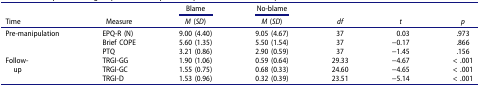
<table><thead><tr><td><b> </b></td><td><b> </b></td><td><b>Blame</b></td><td><b>No-blame</b></td><td colspan="2"><b> </b></td><td><b> </b></td></tr><tr><td><b>Time</b></td><td><b>Measure</b></td><td><b><i>M</i> (<i>SD</i>)</b></td><td><b><i>M</i> (<i>SD</i>)</b></td><td><b><i>df</i></b></td><td><b><i>t</i></b></td><td><b><i>p</i></b></td></tr></thead><tbody><tr><td rowspan="3">Pre-manipulation</td><td>EPQ-R (N)</td><td>9.00 (4.40)</td><td>9.05 (4.67)</td><td>37</td><td>0.03</td><td>.973</td></tr><tr><td>Brief COPE</td><td>5.60 (1.35)</td><td>5.50 (1.54)</td><td>37</td><td>−0.17</td><td>.866</td></tr><tr><td>PTQ</td><td>3.21 (0.86)</td><td>2.90 (0.59)</td><td>37</td><td>−1.45</td><td>.156</td></tr><tr><td rowspan="3">Follow-up</td><td>TRGI-GG</td><td>1.90 (1.06)</td><td>0.59 (0.64)</td><td>29.33</td><td>−4.67</td><td>&lt; .001</td></tr><tr><td>TRGI-GC</td><td>1.55 (0.75)</td><td>0.68 (0.33)</td><td>24.60</td><td>−4.65</td><td>&lt; .001</td></tr><tr><td>TRGI-D</td><td>1.53 (0.96)</td><td>0.32 (0.39)</td><td>23.51</td><td>−5.14</td><td>&lt; .001</td></tr></tbody></table>